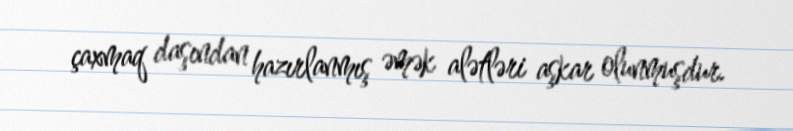
çaxmaq daşından hazırlanmış əmək alətləri aşkar olunmuşdur.